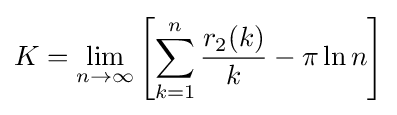
K=\lim _{n\to \infty }\left[\sum _{k=1}^{n}{r_{2}(k) \over k}-\pi \ln n\right]